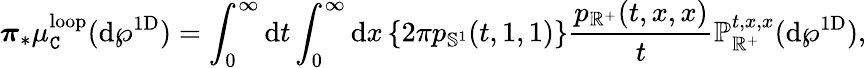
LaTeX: \boldsymbol{\pi}_{*}\mu_{\mathtt{C}}^{\mathrm{loop}}(\mathrm{d}\wp^{\mathrm{1D}})=\int_{0}^{\infty}\mathrm{d}t\int_{0}^{\infty}\mathrm{d}x\left\{ 2\pi p_{\mathbb{S}^{1}}(t,1,1)\right\} \frac{p_{\mathbb{R}^{+}}(t,x,x)}{t}\mathbb{P}_{\mathbb{R}^{+}}^{t,x,x}(\mathrm{d}\wp^{\mathrm{1D}}),